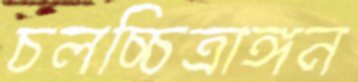
চলচ্চিত্রাঙ্গন